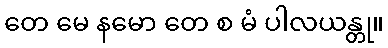
တေ မေ နမော တေ စ မံ ပါလယန္တု။